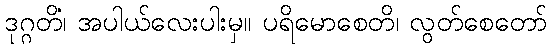
ဒုဂ္ဂတိံ၊ အပါယ်လေးပါးမှ။ ပရိမောစေတိ၊ လွတ်စေတော်